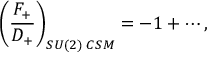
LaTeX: \left( \frac { F _ { + } } { D _ { + } } \right) _ { S U ( 2 ) \; C S M } = - 1 + \cdots ,